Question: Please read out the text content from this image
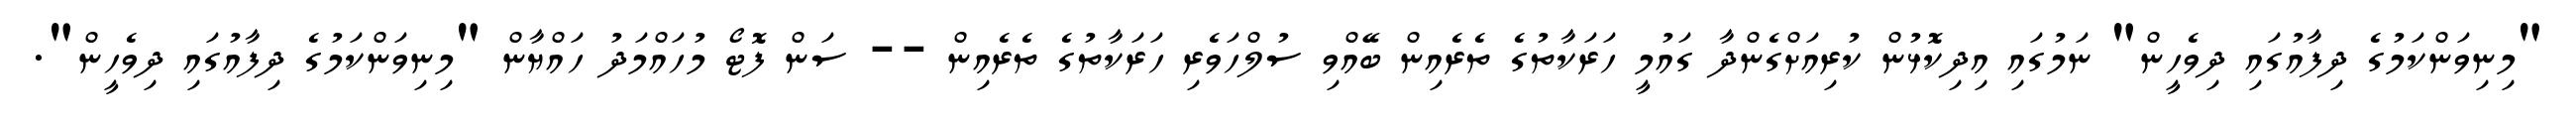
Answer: "މިނިވަންކަމުގެ ދިފާއުގައި ދިވެހީން" ނަމުގައި އިދިކޮޅުން ކުރިއަށްގެންދާ ގައުމީ ހަރަކާތުގެ ތެރެއިން ބޭއްވި ސުލްހަވެރި ހަރަކާތުގެ ތެރެއިން -- ސަން ފޮޓޯ މުހައްމަދު ހައްޔާން "މިނިވަންކަމުގެ ދިފާއުގައި ދިވެހީން".